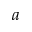
a